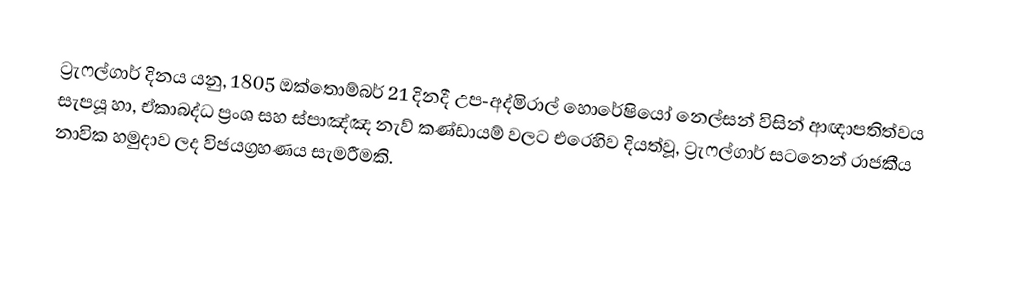
ට්‍රැෆල්ගාර් දිනය යනු, 1805 ඔක්තොම්බර් 21 දිනදී උප-අද්මිරාල් හොරේෂියෝ නෙල්සන් විසින් ආඥාපතිත්වය සැපයූ හා, ඒකාබද්ධ ප්‍රංශ සහ ස්පාඤ්ඤ නැව් කණ්ඩායම් වලට එරෙහිව දියත්වූ,   ට්‍රැෆල්ගාර් සටනෙන් රාජකීය නාවික හමුදාව ලද විජයග්‍රහණය සැමරීමකි.